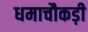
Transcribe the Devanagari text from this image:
धमाचौकड़ी